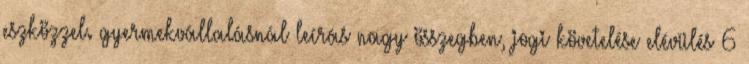
eszközzel. gyermekvállalásnál leírás nagy összegben, jogi követelése elévülés 6